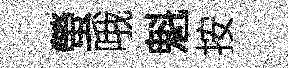
螢哦魁按